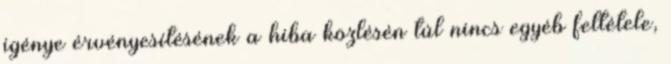
igénye érvényesítésének a hiba közlésén túl nincs egyéb feltétele,